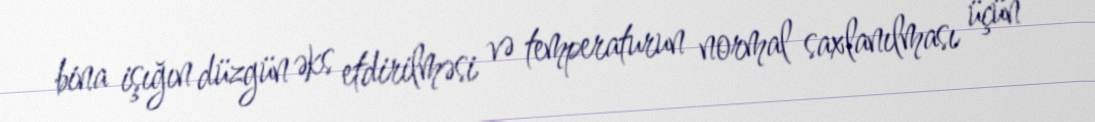
bina işığın düzgün əks etdirilməsi və temperaturun normal saxlanılması üçün